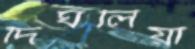
দিঘলিয়া